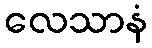
လေသာနံ